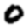
Digit: 0